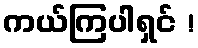
ကယ်ကြပါရှင် !